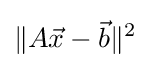
\lVert A{\vec {x}}-{\vec {b}}\rVert ^{2}